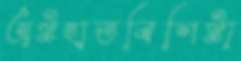
অষ্টহাতবিশিষ্টা